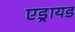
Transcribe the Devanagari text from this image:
एड्रायड